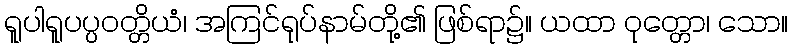
ရူပါရူပပ္ပဝတ္တိယံ၊ အကြင်ရုပ်နာမ်တို့၏ ဖြစ်ရာ၌။ ယထာ ဝုတ္တော၊ သော။